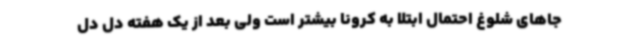
جاهای شلوغ احتمال ابتلا به کرونا بیشتر است ولی بعد از یک هفته دل دل